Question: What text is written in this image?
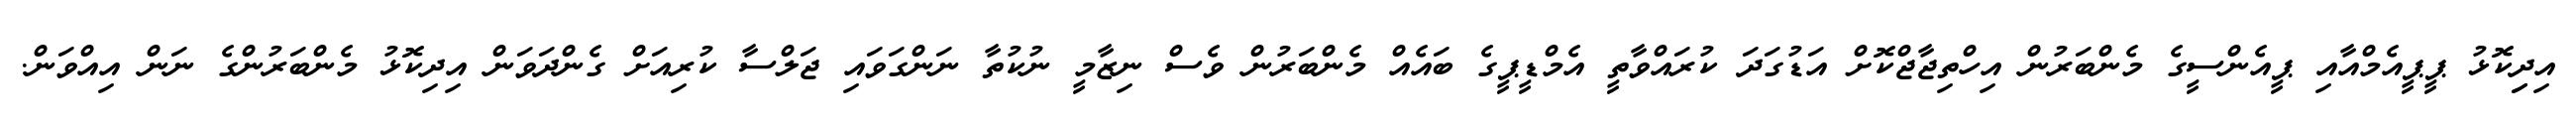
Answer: އިދިިކޮޅު ޕީޕީއެމްއާއި ޕީއެންސީގެ މެންބަރުން އިހްތިޖާޖްކޮށް އަޑުގަދަ ކުރައްވާތީ އެމްޑީޕީގެ ބައެއް މެންބަރުން ވެސް ނިޒާމީ ނުކުތާ ނަންގަވައި ޖަލްސާ ކުރިއަށް ގެންދަވަން އިދިކޮޅު މެންބަރުންގެ ނަން އިއްވަން.